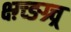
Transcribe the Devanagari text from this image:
क्ष्ग़्च्ङग्र्च्र्